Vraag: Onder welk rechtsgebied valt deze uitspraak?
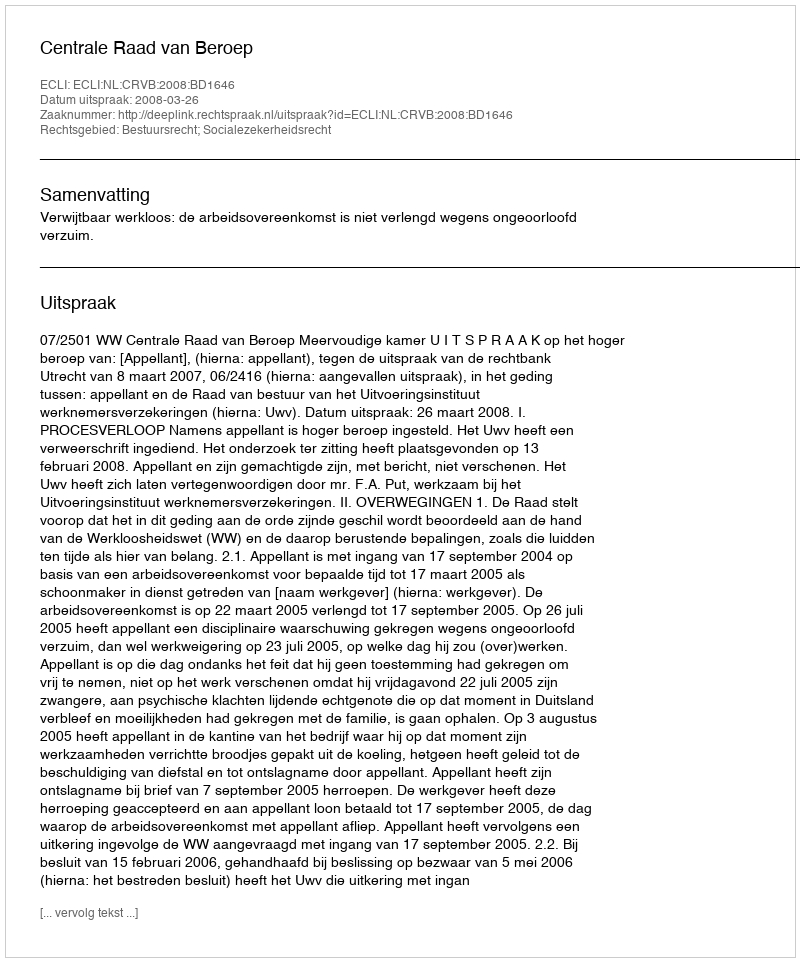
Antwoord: Bestuursrecht; Socialezekerheidsrecht